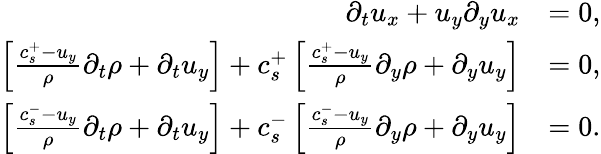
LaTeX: \begin{array}{rl}{\partial_{t}u_{x}+u_{y}\partial_{y}u_{x}}&{=0,}\\ {\left[\frac{c_{s}^{+}-u_{y}}{\rho}\partial_{t}\rho+\partial_{t}u_{y}\right]+c_{s}^{+}\left[\frac{c_{s}^{+}-u_{y}}{\rho}\partial_{y}\rho+\partial_{y}u_{y}\right]}&{=0,}\\ {\left[\frac{c_{s}^{-}-u_{y}}{\rho}\partial_{t}\rho+\partial_{t}u_{y}\right]+c_{s}^{-}\left[\frac{c_{s}^{-}-u_{y}}{\rho}\partial_{y}\rho+\partial_{y}u_{y}\right]}&{=0.}\end{array}